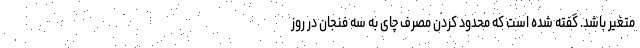
متغیر باشد. گفته شده است که محدود کردن مصرف چای به سه فنجان در روز